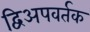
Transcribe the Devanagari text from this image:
द्विअपवर्तक